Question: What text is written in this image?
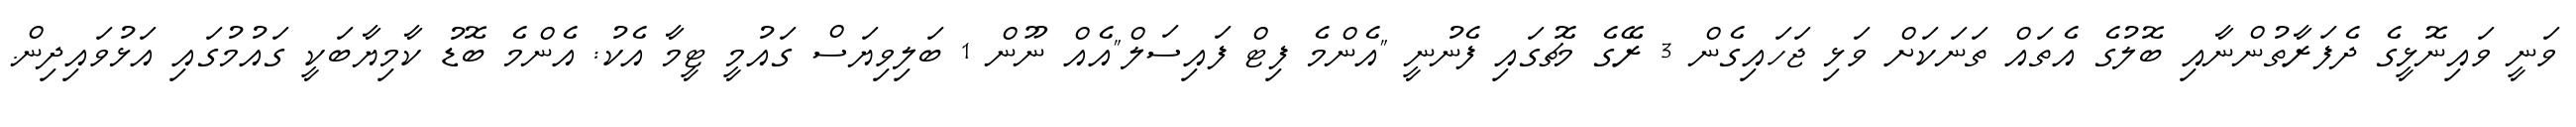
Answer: ވަނީ ވައިނޮޅީގެ ދެފަރާތުންނާއި ބޮލުގެ އެތައް ތަނަކަށް ވަޅި ޖަހައިގެން 3 ރޭގެ މެޗުގައި ފެނުނީ "އެންމެ ފިޓް ފައިސަލް"އެއް ނޫން 1 ބަލިވިޔަސް ގައުމީ ޓީމާ އެކު: އެންމެ ބޮޑު ކާމިޔާބަކީ ގައުމުގައި އަޅުވައިދިން.